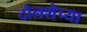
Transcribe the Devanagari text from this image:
दोनशेच्या